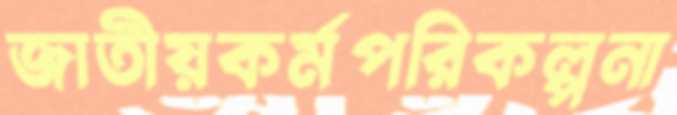
জাতীয়কর্মপরিকল্পনা